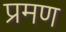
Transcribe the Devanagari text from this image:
प्रमण